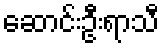
ဆောင်းဦးရာသီ